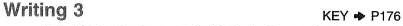
Writing3 KEY \to P176